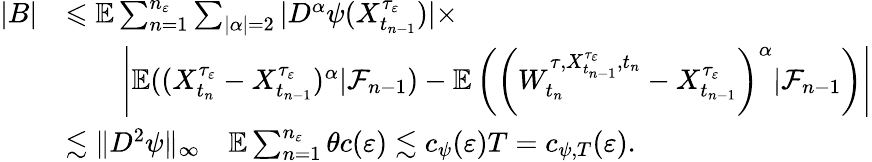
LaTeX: \begin{array}{rl}{|B|}&{\leqslant\mathbb{E}\sum_{n=1}^{n_{\varepsilon}}\sum_{|\alpha|=2}|D^{\alpha}\psi(X_{t_{n-1}}^{\tau_{\varepsilon}})|\times}\\ &{\qquad\left|\mathbb{E}((X_{t_{n}}^{\tau_{\varepsilon}}-X_{t_{n-1}}^{\tau_{\varepsilon}})^{\alpha}|\mathcal{F}_{n-1})-\mathbb{E}\left(\left(W_{t_{n}}^{\tau,X_{t_{n-1}}^{\tau_{\varepsilon}},t_{n}}-X_{t_{n-1}}^{\tau_{\varepsilon}}\right)^{\alpha}|\mathcal{F}_{n-1}\right)\right|}\\ &{\lesssim\| D^{2}\psi\| _{\infty}\quad\mathbb{E}\sum_{n=1}^{n_{\varepsilon}}\theta c(\varepsilon)\lesssim c_{\psi}(\varepsilon)T=c_{\psi,T}(\varepsilon).}\end{array}